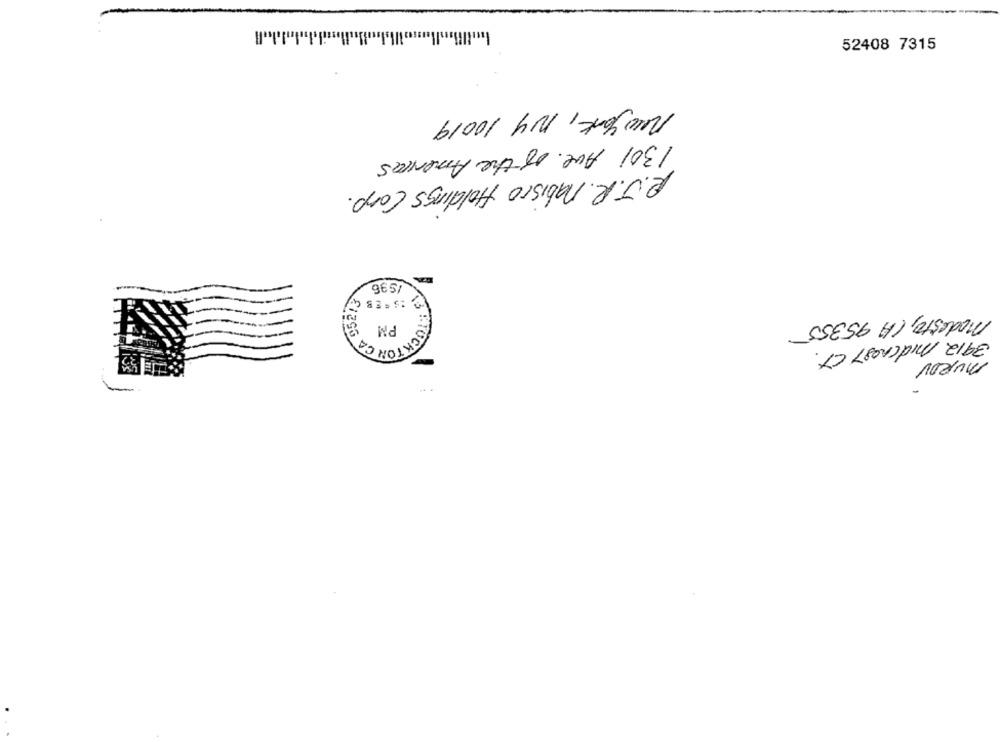
52408 7315
New York, NY 10019
1301 Ave. of the Americas
R.J.R. nabisco Holdings Corp.
IS 96
Modesto, CA 95355
3912 Midcnost CT.
MURDy